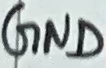
Text: GND